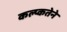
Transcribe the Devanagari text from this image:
कल्प्कतेने